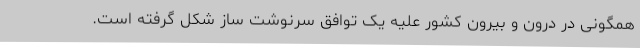
همگونی در درون و بیرون کشور علیه یک توافق سرنوشت ساز شکل گرفته است.